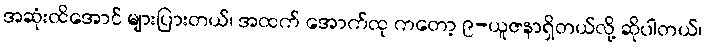
အဆုံးထိအောင် များပြားတယ်၊ အထက် အောက်ထု ကတော့ ၉-ယူဇနာရှိတယ်လို့ ဆိုပါတယ်၊